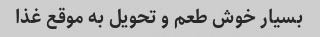
بسیار خوش طعم و تحویل به موقع غذا